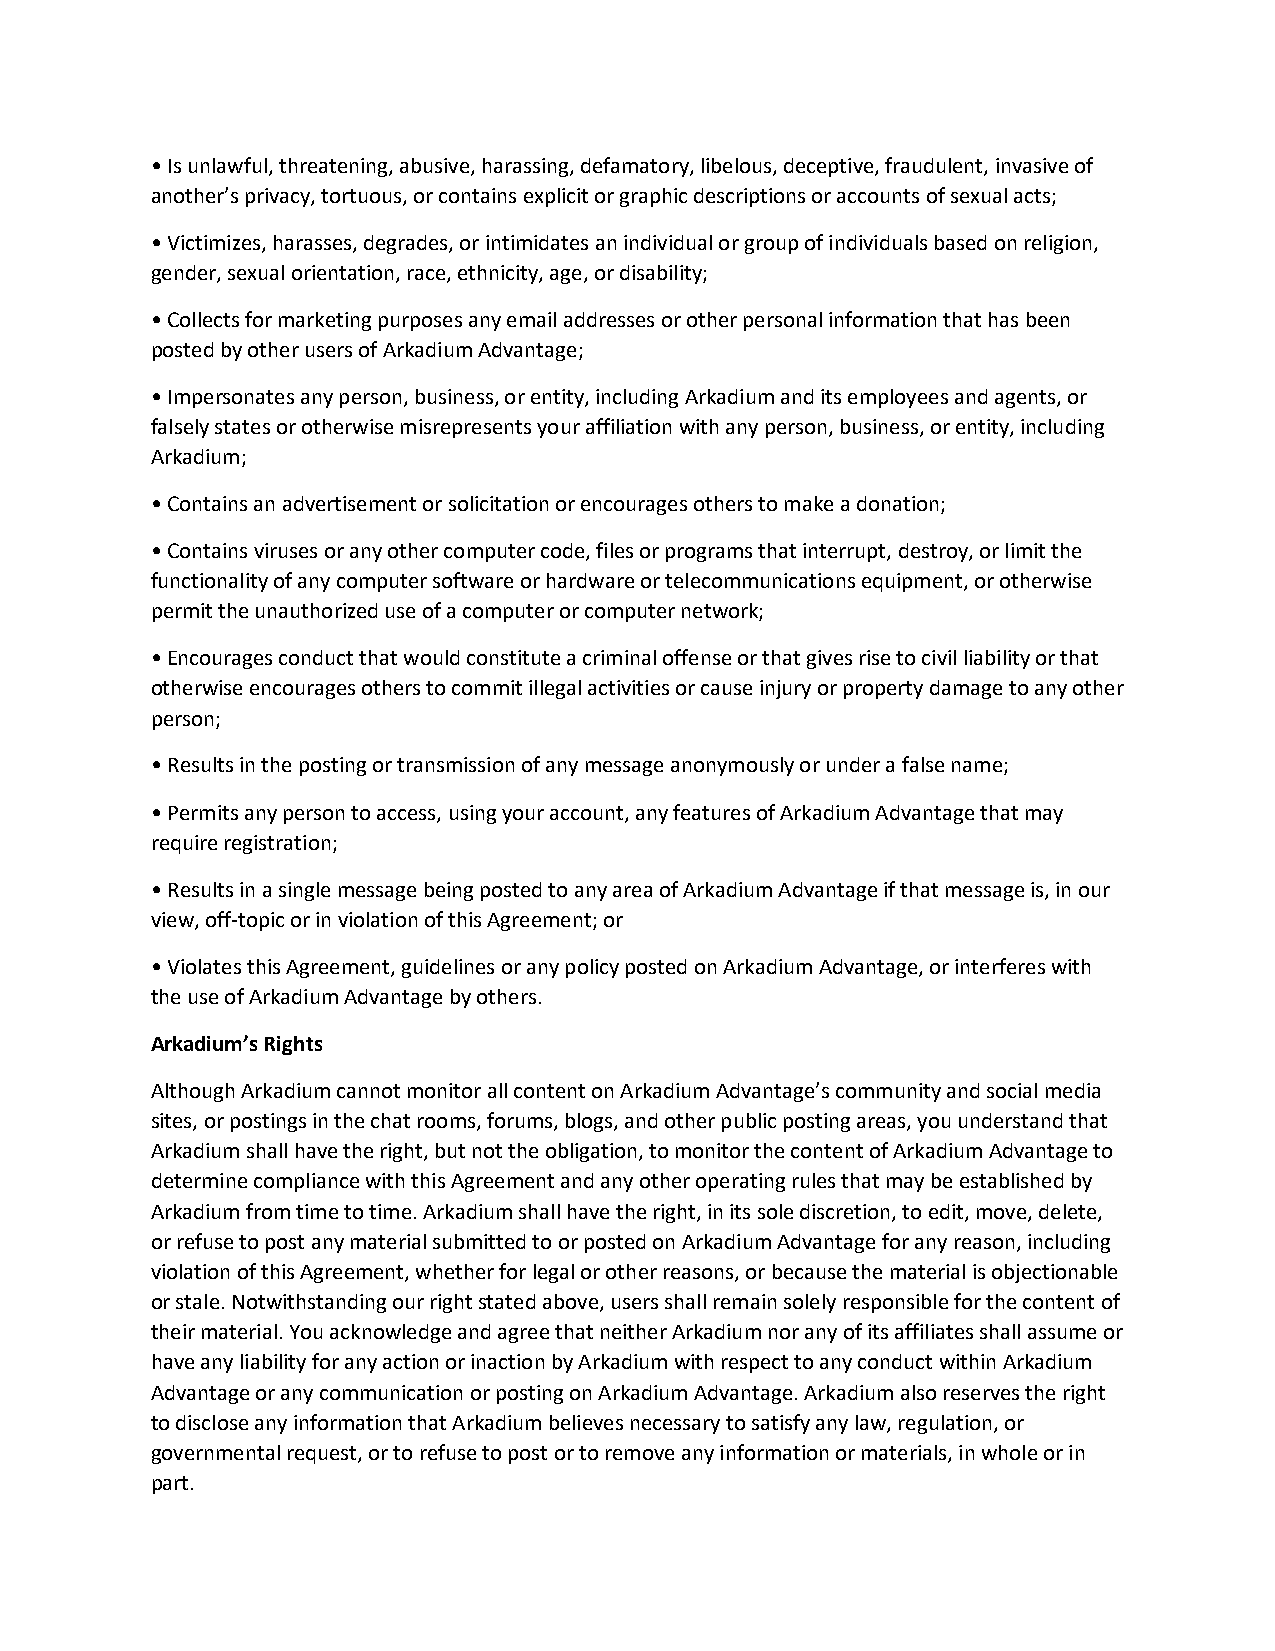
• Is unlawful, threatening, abusive, harassing, defamatory, libelous, deceptive, fraudulent, invasive of
 another’s privacy, tortuous, or contains explicit or graphic descriptions or accounts of sexual acts;
 • Victimizes, harasses, degrades, or intimidates an individual or group of individuals based on religion,
 gender, sexual orientation, race, ethnicity, age, or disability;
 • Collects for marketing purposes any email addresses or other personal information that has been
 posted by other users of Arkadium Advantage;
 • Impersonates any person, business, or entity, including Arkadium and its employees and agents, or
 falsely states or otherwise misrepresents your affiliation with any person, business, or entity, including
 Arkadium;
 • Contains an advertisement or solicitation or encourages others to make a donation;
 • Contains viruses or any other computer code, files or programs that interrupt, destroy, or limit the
 functionality of any computer software or hardware or telecommunications equipment, or otherwise
 permit the unauthorized use of a computer or computer network;
 • Encourages conduct that would constitute a criminal offense or that gives rise to civil liability or that
 otherwise encourages others to commit illegal activities or cause injury or property damage to any other
 person;
 • Results in the posting or transmission of any message anonymously or under a false name;
 • Permits any person to access, using your account, any features of Arkadium Advantage that may
 require registration;
 • Results in a single message being posted to any area of Arkadium Advantage if that message is, in our
 view, off-topic or in violation of this Agreement; or
 • Violates this Agreement, guidelines or any policy posted on Arkadium Advantage, or interferes with
 the use of Arkadium Advantage by others.
 Arkadium’s Rights
 Although Arkadium cannot monitor all content on Arkadium Advantage’s community and social media
 sites, or postings in the chat rooms, forums, blogs, and other public posting areas, you understand that
 Arkadium shall have the right, but not the obligation, to monitor the content of Arkadium Advantage to
 determine compliance with this Agreement and any other operating rules that may be established by
 Arkadium from time to time. Arkadium shall have the right, in its sole discretion, to edit, move, delete,
 or refuse to post any material submitted to or posted on Arkadium Advantage for any reason, including
 violation of this Agreement, whether for legal or other reasons, or because the material is objectionable
 or stale. Notwithstanding our right stated above, users shall remain solely responsible for the content of
 their material. You acknowledge and agree that neither Arkadium nor any of its affiliates shall assume or
 have any liability for any action or inaction by Arkadium with respect to any conduct within Arkadium
 Advantage or any communication or posting on Arkadium Advantage. Arkadium also reserves the right
 to disclose any information that Arkadium believes necessary to satisfy any law, regulation, or
 governmental request, or to refuse to post or to remove any information or materials, in whole or in
 part.